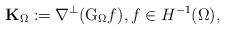
LaTeX: \begin{align*}\boldsymbol{\mathrm{K}}_\Omega:=\nabla^{\perp}(\mathrm{G}_\Omega f),f\in H^{-1}(\Omega),\end{align*}